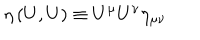
\eta \left( U , U \right) \equiv U ^ { \mu } U ^ { \nu } \eta _ { \mu \nu }